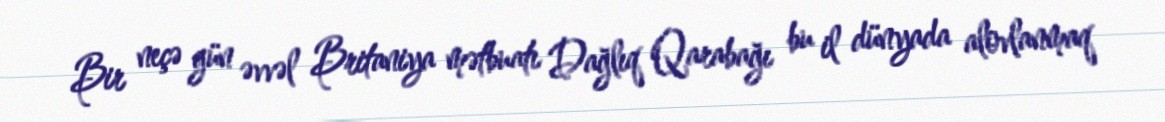
Bir neçə gün əvvəl Britaniya mətbuatı Dağlıq Qarabağı bu il dünyada alovlanmaq